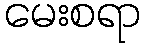
မေးစရာ